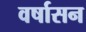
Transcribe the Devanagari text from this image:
वर्षासन